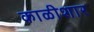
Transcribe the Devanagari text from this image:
काळीशार